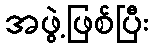
အဖွဲ့ဖြစ်ပြီး